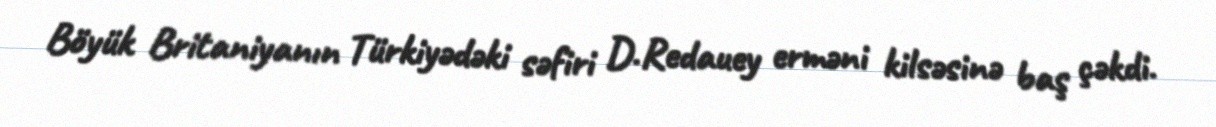
Böyük Britaniyanın Türkiyədəki səfiri D.Redauey erməni kilsəsinə baş çəkdi.